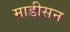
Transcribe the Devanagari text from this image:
माडीसन